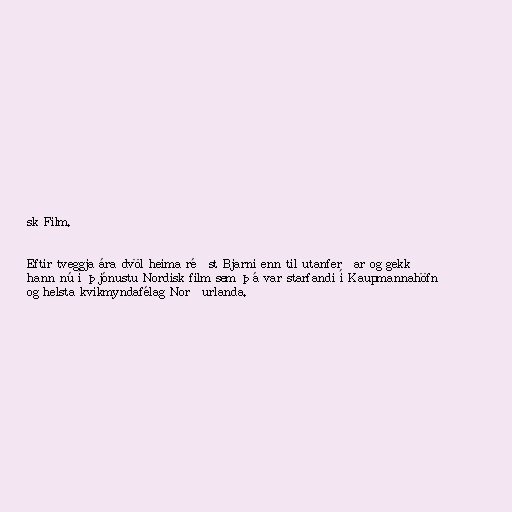
sk Film.

Eftir tveggja ára dvöl heima réðst Bjarni enn til utanferðar og gekk
hann nú í þjónustu Nordisk film sem þá var starfandi í Kaupmannahöfn
og helsta kvikmyndafélag Norðurlanda.